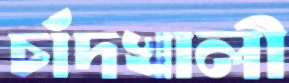
চাঁদখালী